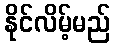
နိုင်လိမ့်မည်